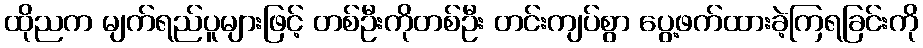
ထိုညက မျက်ရည်ပူများဖြင့် တစ်ဦးကိုတစ်ဦး တင်းကျပ်စွာ ပွေ့ဖက်ထားခဲ့ကြရခြင်းကို